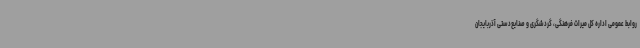
روابط عمومی اداره کل میراث فرهنگی، گردشگری و صنایع‌دستی آذربایجان